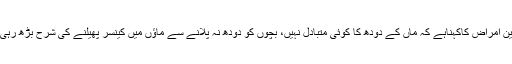
ماہرین امراض کاکہناہے کہ ماں کے دودھ کا کوئی متبادل نہیں، بچوں کو دودھ نہ پلانے سے ماؤں میں کینسر پھیلنے کی شرح بڑھ رہی ہے۔